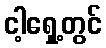
ငါ့ရှေ့တွင်